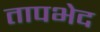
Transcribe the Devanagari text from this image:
तापभेद